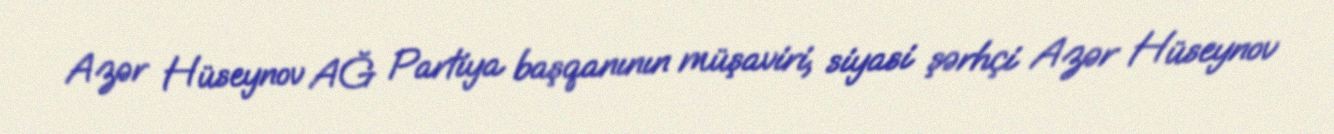
Azər Hüseynov AĞ Partiya başqanının müşaviri, siyasi şərhçi Azər Hüseynov